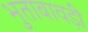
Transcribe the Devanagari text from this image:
भुताबावड़ी